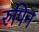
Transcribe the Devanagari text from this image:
रुपिन